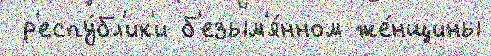
 р'еспу́бл'ик'и б'езым'я́нном же́нщины